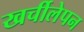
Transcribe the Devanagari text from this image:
खर्चीलेपन